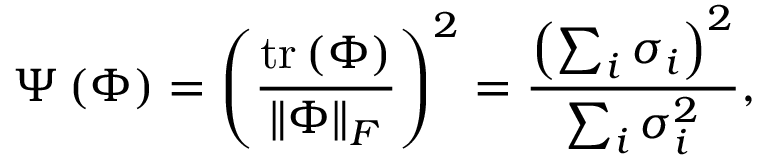
\Psi \left( \boldsymbol { \Phi } \right) = \left( \frac { \operatorname { t r } \left( \boldsymbol { \Phi } \right) } { \left\| \boldsymbol { \Phi } \right\| _ { F } } \right) ^ { 2 } = \frac { \left( \sum _ { i } \sigma _ { i } \right) ^ { 2 } } { \sum _ { i } \sigma _ { i } ^ { 2 } } ,